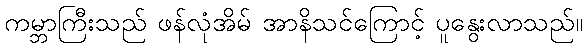
ကမ္ဘာကြီးသည် ဖန်လုံအိမ် အာနိသင်ကြောင့် ပူနွေးလာသည်။